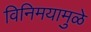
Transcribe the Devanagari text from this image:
विनिमयामुळे